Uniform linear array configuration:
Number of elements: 48
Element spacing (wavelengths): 0.75
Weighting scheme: exponential
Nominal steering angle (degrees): -60
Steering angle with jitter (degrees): -60.284
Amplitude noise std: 0.05
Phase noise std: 0.05

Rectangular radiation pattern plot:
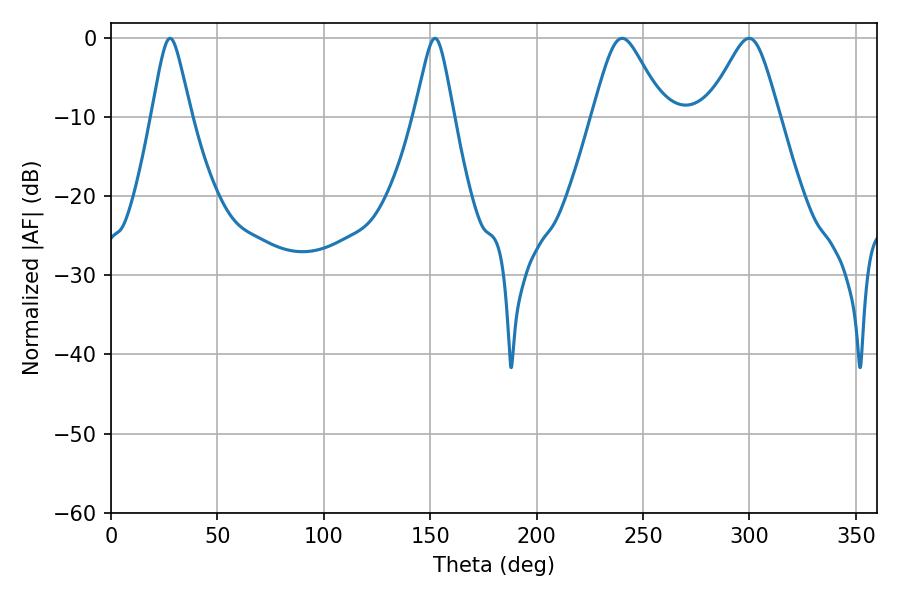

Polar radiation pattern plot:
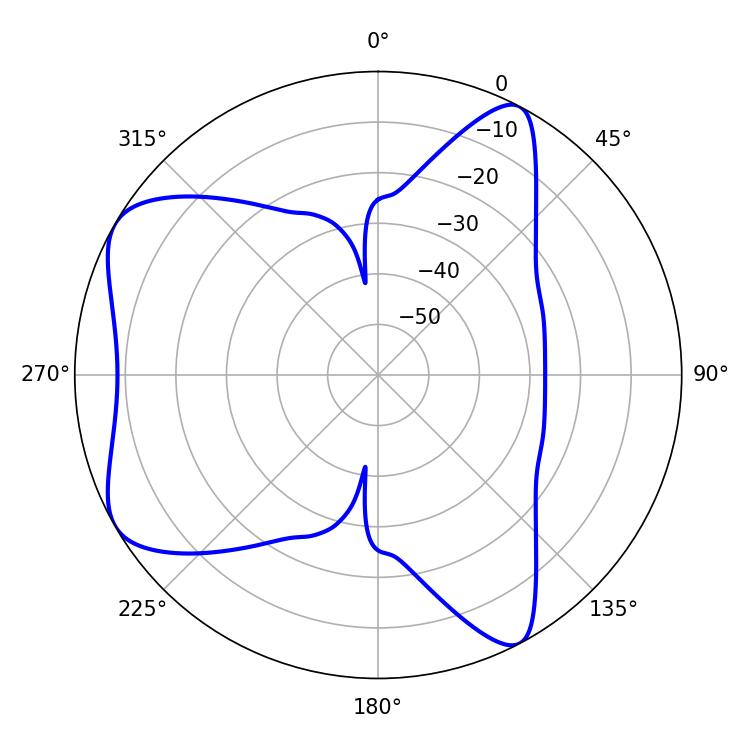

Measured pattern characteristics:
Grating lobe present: TRUE
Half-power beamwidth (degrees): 16.2
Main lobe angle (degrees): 299.88